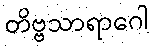
တိဗ္ဗသာရာဂေါ